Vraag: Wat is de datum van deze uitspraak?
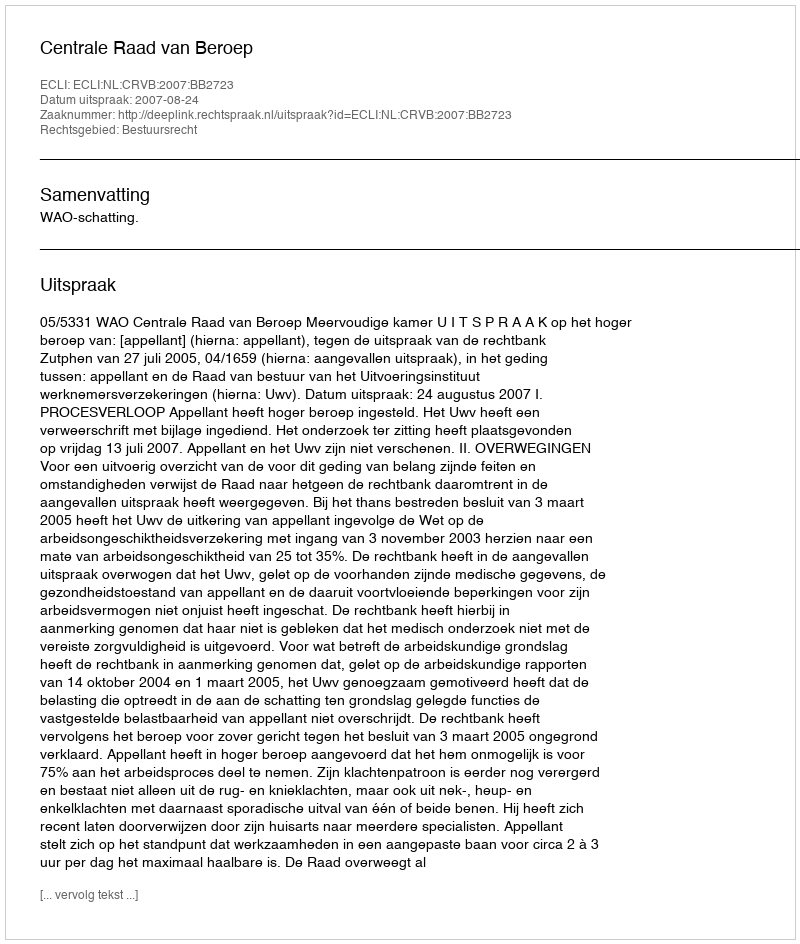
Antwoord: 2007-08-24